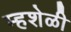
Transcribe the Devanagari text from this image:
म्हशेळी